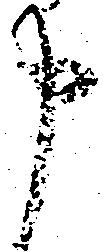
申